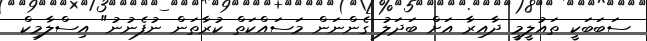
ސަބަބަކީ ތައުލީމީ ދާއިރާ އަށް ބަދަލު ގެންނަން މަސައްކަތް ކުރާތަން ނުފެނުނު" އިސްލާމިކް